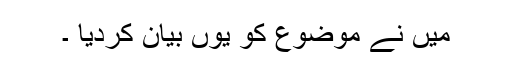
میں نے موضوع کو یوں بیان کردیا ۔